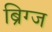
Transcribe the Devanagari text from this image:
ब्रिग्ज